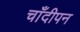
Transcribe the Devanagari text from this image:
चाँदीपन